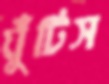
ঘুঁটিস